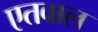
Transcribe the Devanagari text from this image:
एतवाल